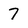
Character: 7